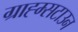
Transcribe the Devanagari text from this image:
ग्राह्म्सटाउन